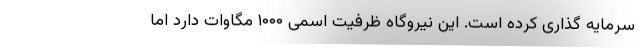
سرمایه گذاری کرده است. این نیروگاه ظرفیت اسمی ۱۰۰۰ مگاوات دارد اما